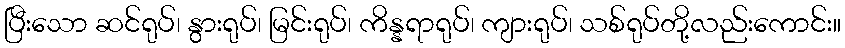
ပြီးသော ဆင်ရုပ်၊ နွားရုပ်၊ မြင်းရုပ်၊ ကိန္နရာရုပ်၊ ကျားရုပ်၊ သစ်ရုပ်တို့လည်းကောင်း။